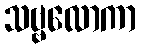
သဗ္ဗလောကာ